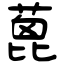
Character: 蓖